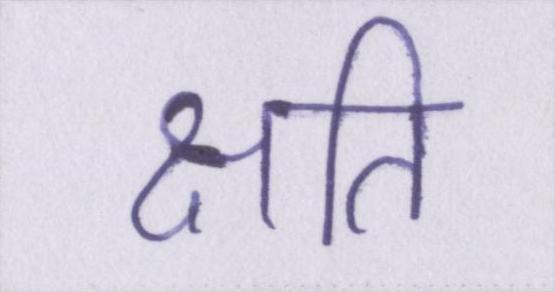
क्षति